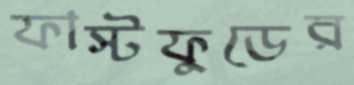
ফাস্টফুডের